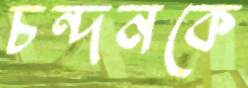
চন্দনকে